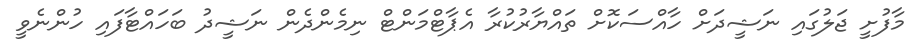
މާފުށީ ޖަލުގައި ނަޝީދަށް ހާއްސަކޮށް ތައްޔާރުކުރާ އެޕާޓްމަންޓް ނިމެންދެން ނަޝީދު ބަހައްޓާފައި ހުންނެވީ